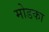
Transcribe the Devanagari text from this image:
मोडका